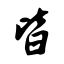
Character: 皆